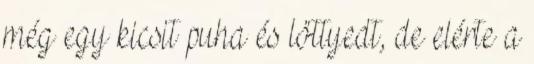
még egy kicsit puha és löttyedt, de elérte a